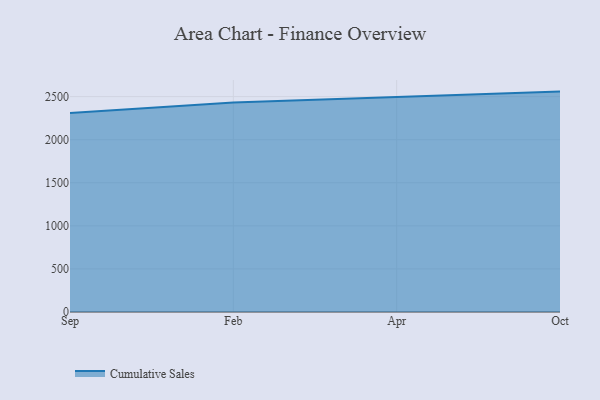
{"axis": {"x": "Month", "y": "Population (Million)"}, "legend": ["Cumulative Sales"], "data": [{"x": "Sep", "y": 2311.3, "type": "Cumulative Sales"}, {"x": "Feb", "y": 2430.5, "type": "Cumulative Sales"}, {"x": "Apr", "y": 2496.3, "type": "Cumulative Sales"}, {"x": "Oct", "y": 2558.3, "type": "Cumulative Sales"}]}